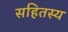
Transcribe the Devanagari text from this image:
सहितस्य